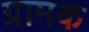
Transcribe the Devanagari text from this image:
ग्रामक